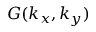
~ G ( k _ { x } , k _ { y } )